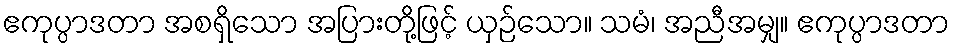
ဧကုပ္ပာဒတာ အစရှိသော အပြားတို့ဖြင့် ယှဉ်သော။ သမံ၊ အညီအမျှ။ ဧကုပ္ပာဒတာ